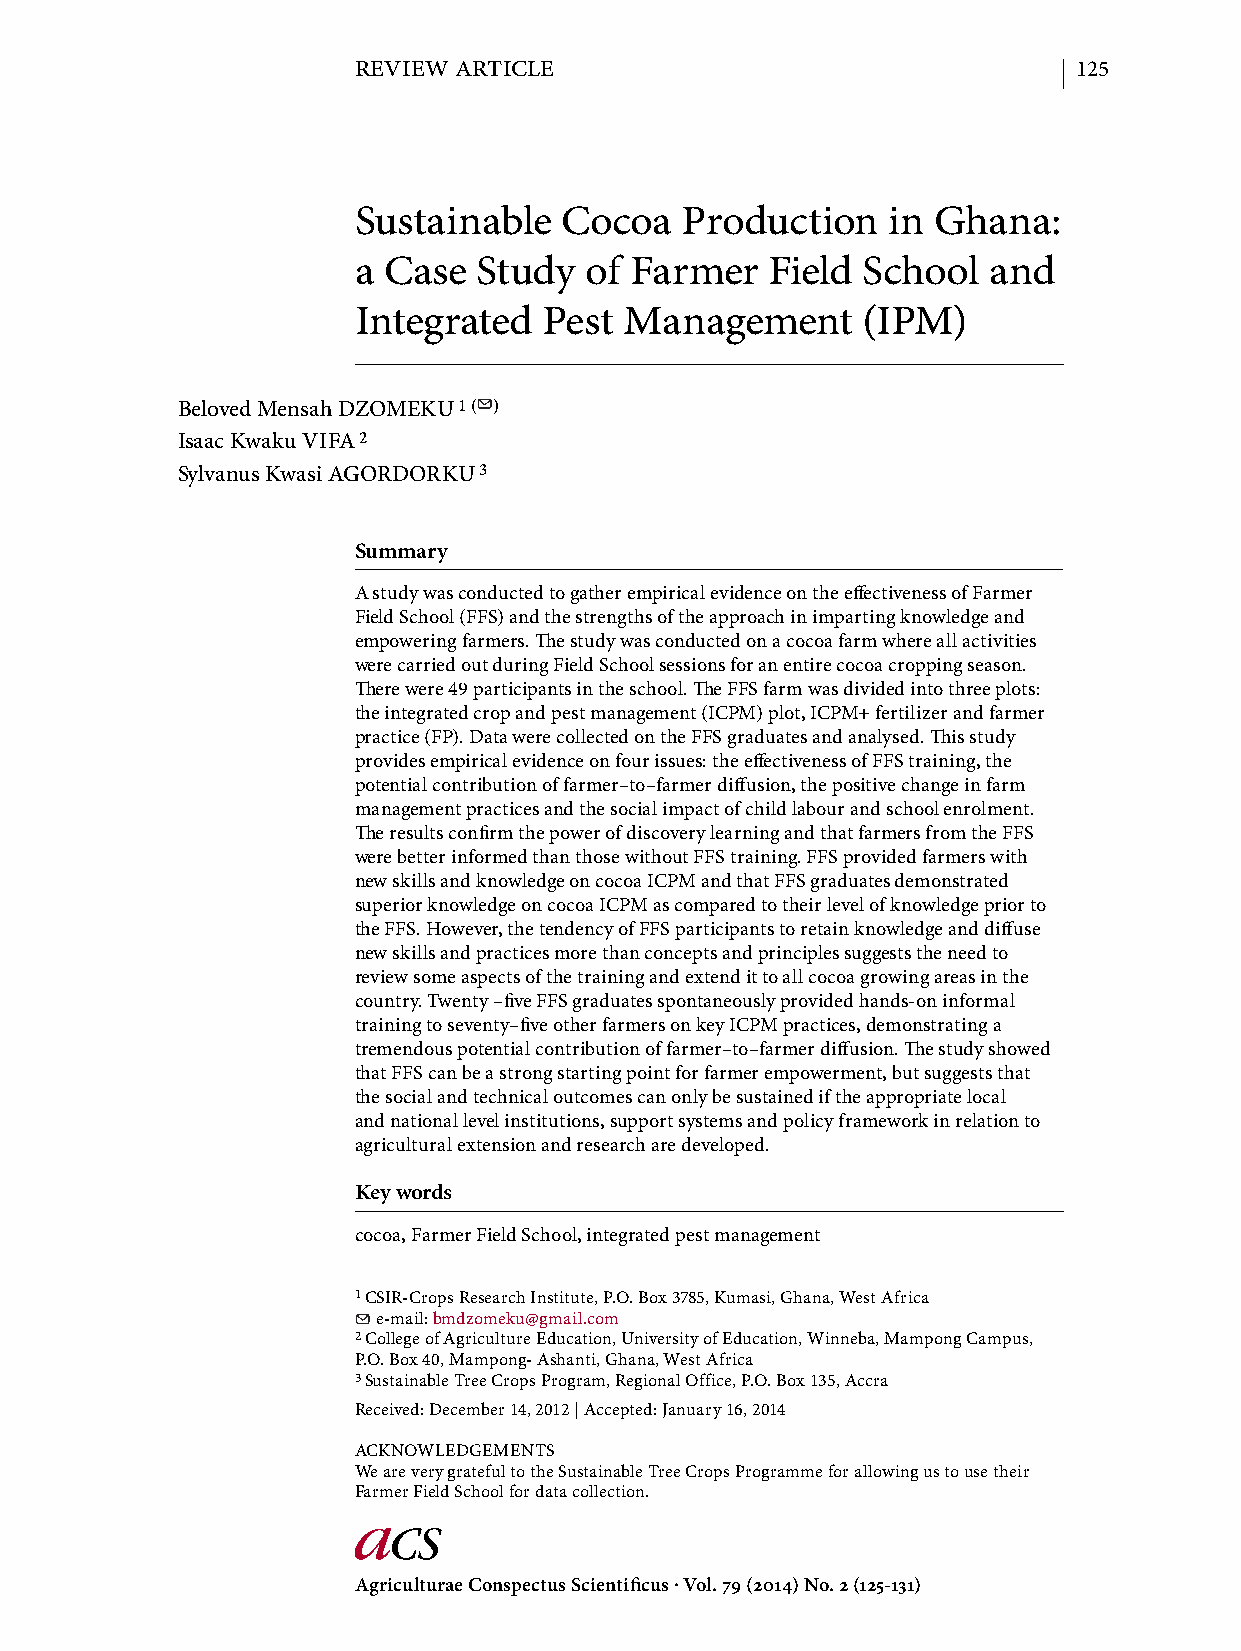
REVIEW ARTICLE                                  125
 Sustainable   Cocoa   Production    in Ghana:
 a Case   Study  of Farmer   Field School  and
 Integrated   Pest Management      (IPM)
 Beloved Mensah DZOMEKU 1 ( )
 Isaac Kwaku VIFA 2
 Sylvanus Kwasi AGORDORKU 3
 Summary
 A study was conducted to gather empirical evidence on the eff ectiveness of Farmer
 Field School (FFS) and the strengths of the approach in imparting knowledge and
 empowering farmers. Th e study was conducted on a cocoa farm where all activities
 were carried out during Field School sessions for an entire cocoa cropping season.
 Th ere were 49 participants in the school. Th e FFS farm was divided into three plots:
 the integrated crop and pest management (ICPM) plot, ICPM+ fertilizer and farmer
 practice (FP). Data were collected on the FFS graduates and analysed. Th is study
 provides empirical evidence on four issues: the eff ectiveness of FFS training, the
 potential contribution of farmer–to–farmer diff usion, the positive change in farm
 management practices and the social impact of child labour and school enrolment.
 Th e results confi rm the power of discovery learning and that farmers from the FFS
 were better informed than those without FFS training. FFS provided farmers with
 new skills and knowledge on cocoa ICPM and that FFS graduates demonstrated
 superior knowledge on cocoa ICPM as compared to their level of knowledge prior to
 the FFS. However, the tendency of FFS participants to retain knowledge and diff use
 new skills and practices more than concepts and principles suggests the need to
 review some aspects of the training and extend it to all cocoa growing areas in the
 country. Twenty –fi ve FFS graduates spontaneously provided hands-on informal
 training to seventy–fi ve other farmers on key ICPM practices, demonstrating a
 tremendous potential contribution of farmer–to–farmer diff usion. Th e study showed
 that FFS can be a strong starting point for farmer empowerment, but suggests that
 the social and technical outcomes can only be sustained if the appropriate local
 and national level institutions, support systems and policy framework in relation to
 agricultural extension and research are developed.
 Key words
 cocoa, Farmer Field School, integrated pest management
 1 CSIR-Crops Research Institute, P.O. Box 3785, Kumasi, Ghana, West Africa
 e-mail: bmdzomeku@gmail.com
 2 College of Agriculture Education, University of Education, Winneba, Mampong Campus,
 P.O. Box 40, Mampong- Ashanti, Ghana, West Africa
 3 Sustainable Tree Crops Program, Regional Office, P.O. Box 135, Accra
 Received: December 14, 2012 | Accepted: January 16, 2014
 ACKNOWLEDGEMENTS
 We are very grateful to the Sustainable Tree Crops Programme for allowing us to use their
 Farmer Field School for data collection.
 Agriculturae Conspectus Scientifi cus . Vol. 79 (2014) No. 2 (125-131)